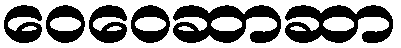
ဝေဝေဆာဆာ